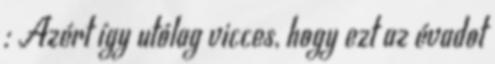
: Azért így utólag vicces, hogy ezt az évadot